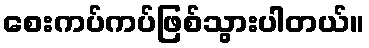
စေးကပ်ကပ်ဖြစ်သွားပါတယ်။